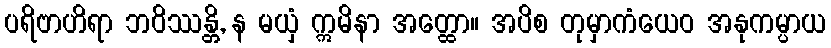
ပရိဗာဟိရာ ဘဝိဿန္တိ, န မယှံ ဣမိနာ အတ္ထော။ အပိစ တုမှာကံယေဝ အနုကမ္ပာယ